Vaccination United Provinces of Agra and Oudh 1923-1928 - 1923-1928
Year: 1923
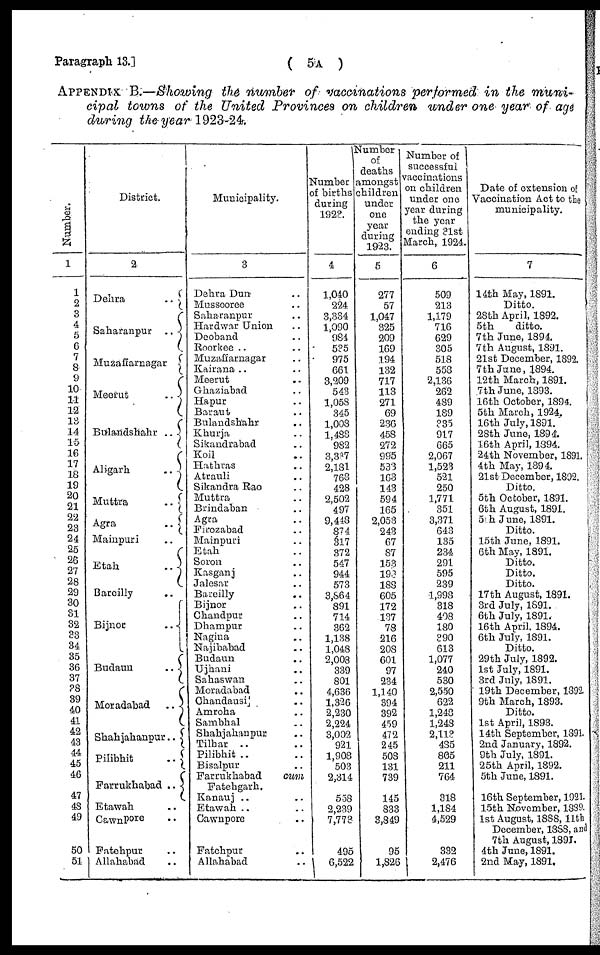
Paragraph 13.]
( 5A )
APPENDIX B.—Showing the number of vaccinations performed in the muni-
cipal towns of the United Provinces on children under one year of age
during the year 1923-24.
Number.
1
1
2
3
4
5
6
7
8
9
10
11
12
13
14
15
16
17
18
19
20
21
22
23
24
25
26
27
28
29
30
31
32
33
34
35
36
37
38
39
40
41
42
43
44
45
46
47
48
49
50
51
District.
2
Dehra
..
Saharanpur
..
Muzaffarnagar
Meerut
..
Bulandshahr
..
Aligarh
..
Muttra
..
Agra
..
Mainpuri ..
Etah
..
Bareilly ..
Bijnor
..
Budaun
..
Moradabad
..
Shahjahanpur ..
Pilibhit
..
Farrukhabad
..
Etawah ..
Cawnpore ..
Fatehpur ..
Allahabad ..
Municipality.
3
Dehra Dun ..
Mussooree ..
Saharanpur ..
Hardwar Union ..
Deoband ..
Roorkee .. ..
Muzaffarnagar ..
Kairana .. ..
Meerut ..
Ghaziabad ..
Hapur ..
Baraut ..
Bulandshahr ..
Khurja ..
Sikandrabad ..
Koil ..
Hathras ..
Atrauli ..
Sikandra Rao ..
Muttra ..
Brindaban ..
Agra ..
Firozabad ..
Mainpuri ..
Etah ..
Soron ..
Kasganj ..
Jalesar ..
Bareilly ..
Bijnor ..
Chandpur ..
Dhampur ..
Nagina ..
Najibabad ..
Budaun ..
Ujhani ..
Sahaswan ..
Moradabad ..
Chandansi ..
Amroha ..
Sambhal ..
Shahjahanpur ..
Tilhar .. ..
Pilibhit .. ..
Bisalpur ..
Farrukhabad
cum
Fatehgarh.
Kanauj .. ..
Etawah .. ..
Cawnpore ..
Fatehpur ..
Allahabad ..
Number
of births
during
1923.
4
1,040
224
3,334
1,090
984
535
975
661
3,209
543
1,058
345
1,008
1,488
982
3,387
2,181
7638
428
2,502
497
9,448
874
317
372
547
944
573
3,864
891
714
362
1,138
1,048
2,008
339
801
4,636
1,326
2,230
2,224
3,002
921
1,908
503
2,314
558
2,239
7,773
495
6,522
Number
of
deaths
amongst
children
under
one
year
during
1923.
5
277
57
1,047
325
209
169
194
132
717
113
271
69
236
458
272
995
533
163
143
594
165
2,053
243
67
87
153
193
188
605
172
137
78
216
203
601
97
234
1,140
394
392
459
472
245
508
131
739
145
833
3,849
95
1,826
Number of
successful
vaccinations
on children
under one
year during
the year
ending 31st
March, 1924.
6
509
213
1,179
716
629
305
518
553
2,136
262
489
189
335
917
665
2,067
1,523
521
250
1,771
351
3,371
643
135
234
291
595
239
1,993
318
408
180
390
613
1,077
240
530
2,550
622
1,248
1,248
2,113
485
805
211
764
318
1,184
4,529
332
2,476
Date of extension of
Vaccination Act to the
municipality.
7
14th May, 1891.
Ditto.
28th April, 1892.
5th
ditto.
7th June, 1894.
7th August, 1891.
21st December, 1892.
7th June, 1894.
12th March, 1891.
7th June, 1893.
16th October, 1894.
5th March, 1924.
16th July, 1891.
28th June, 1894.
16th April, 1894.
24th November, 1891.
4th May, 1894.
21st December, 1892.
Ditto.
5th October, 1891.
6th August, 1891.
5th June, 1891.
Ditto.
15th June, 1891.
6th May, 1891.
Ditto.
Ditto.
Ditto.
17th August, 1891.
3rd July, 1891.
6th July, 1891.
16th April. 1894.
6th July, 1891.
Ditto.
29th July, 1892.
1st July, 1891.
3rd July, 1891.
19th December, 1892.
9th March, 1893.
Ditto.
1st April, 1893.
14th September, 1891.
2nd January, 1892.
9th July, 1891.
25th April, 1892.
5th June, 1891.
16th September, 1921.
15th November, 1889.
1st August, 1888, 11th
December, 1888, and
7th August, 1891.
4th June, 1891.
2nd May, 1891,